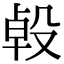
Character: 𣪙